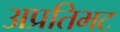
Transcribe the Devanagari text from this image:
अप्रतिभट